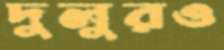
দুলুরও